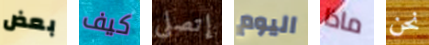
بعض كيف إتصلي اليوم ماذا نحن